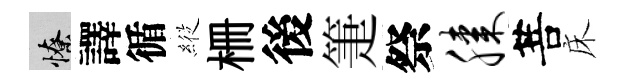
憭譯循𦂵栅後箑祭膝菩床